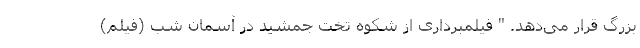
بزرگ قرار می‌دهد. " فیلمبرداری از شکوه تخت جمشید در آسمان شب (فیلم)